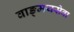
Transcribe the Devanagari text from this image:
वाङ्‌मयसेवा